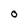
Character: O